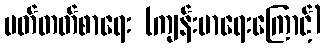
မတ်တတ်စာရေး (ကျန်းမာရေးကြောင့်)